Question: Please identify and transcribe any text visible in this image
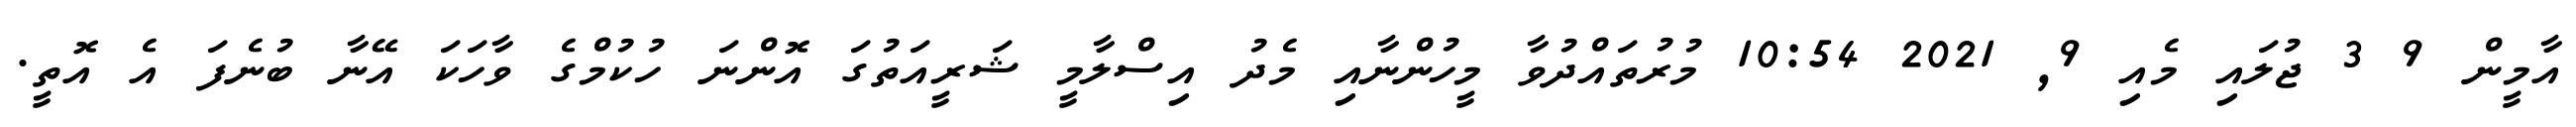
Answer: އާމީން 9 3 ޖުލައި މެއި 9, 2021 10:54 މުރުތައްދުވާ މީހުންނާއި މެދު އިސްލާމީ ޝަރީއަތުގަ އޮންނަ ހުކުމްގެ ވާހަކަ އޭނާ ބުނެފަ އެ އޮތީ.